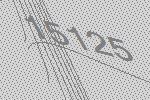
15125